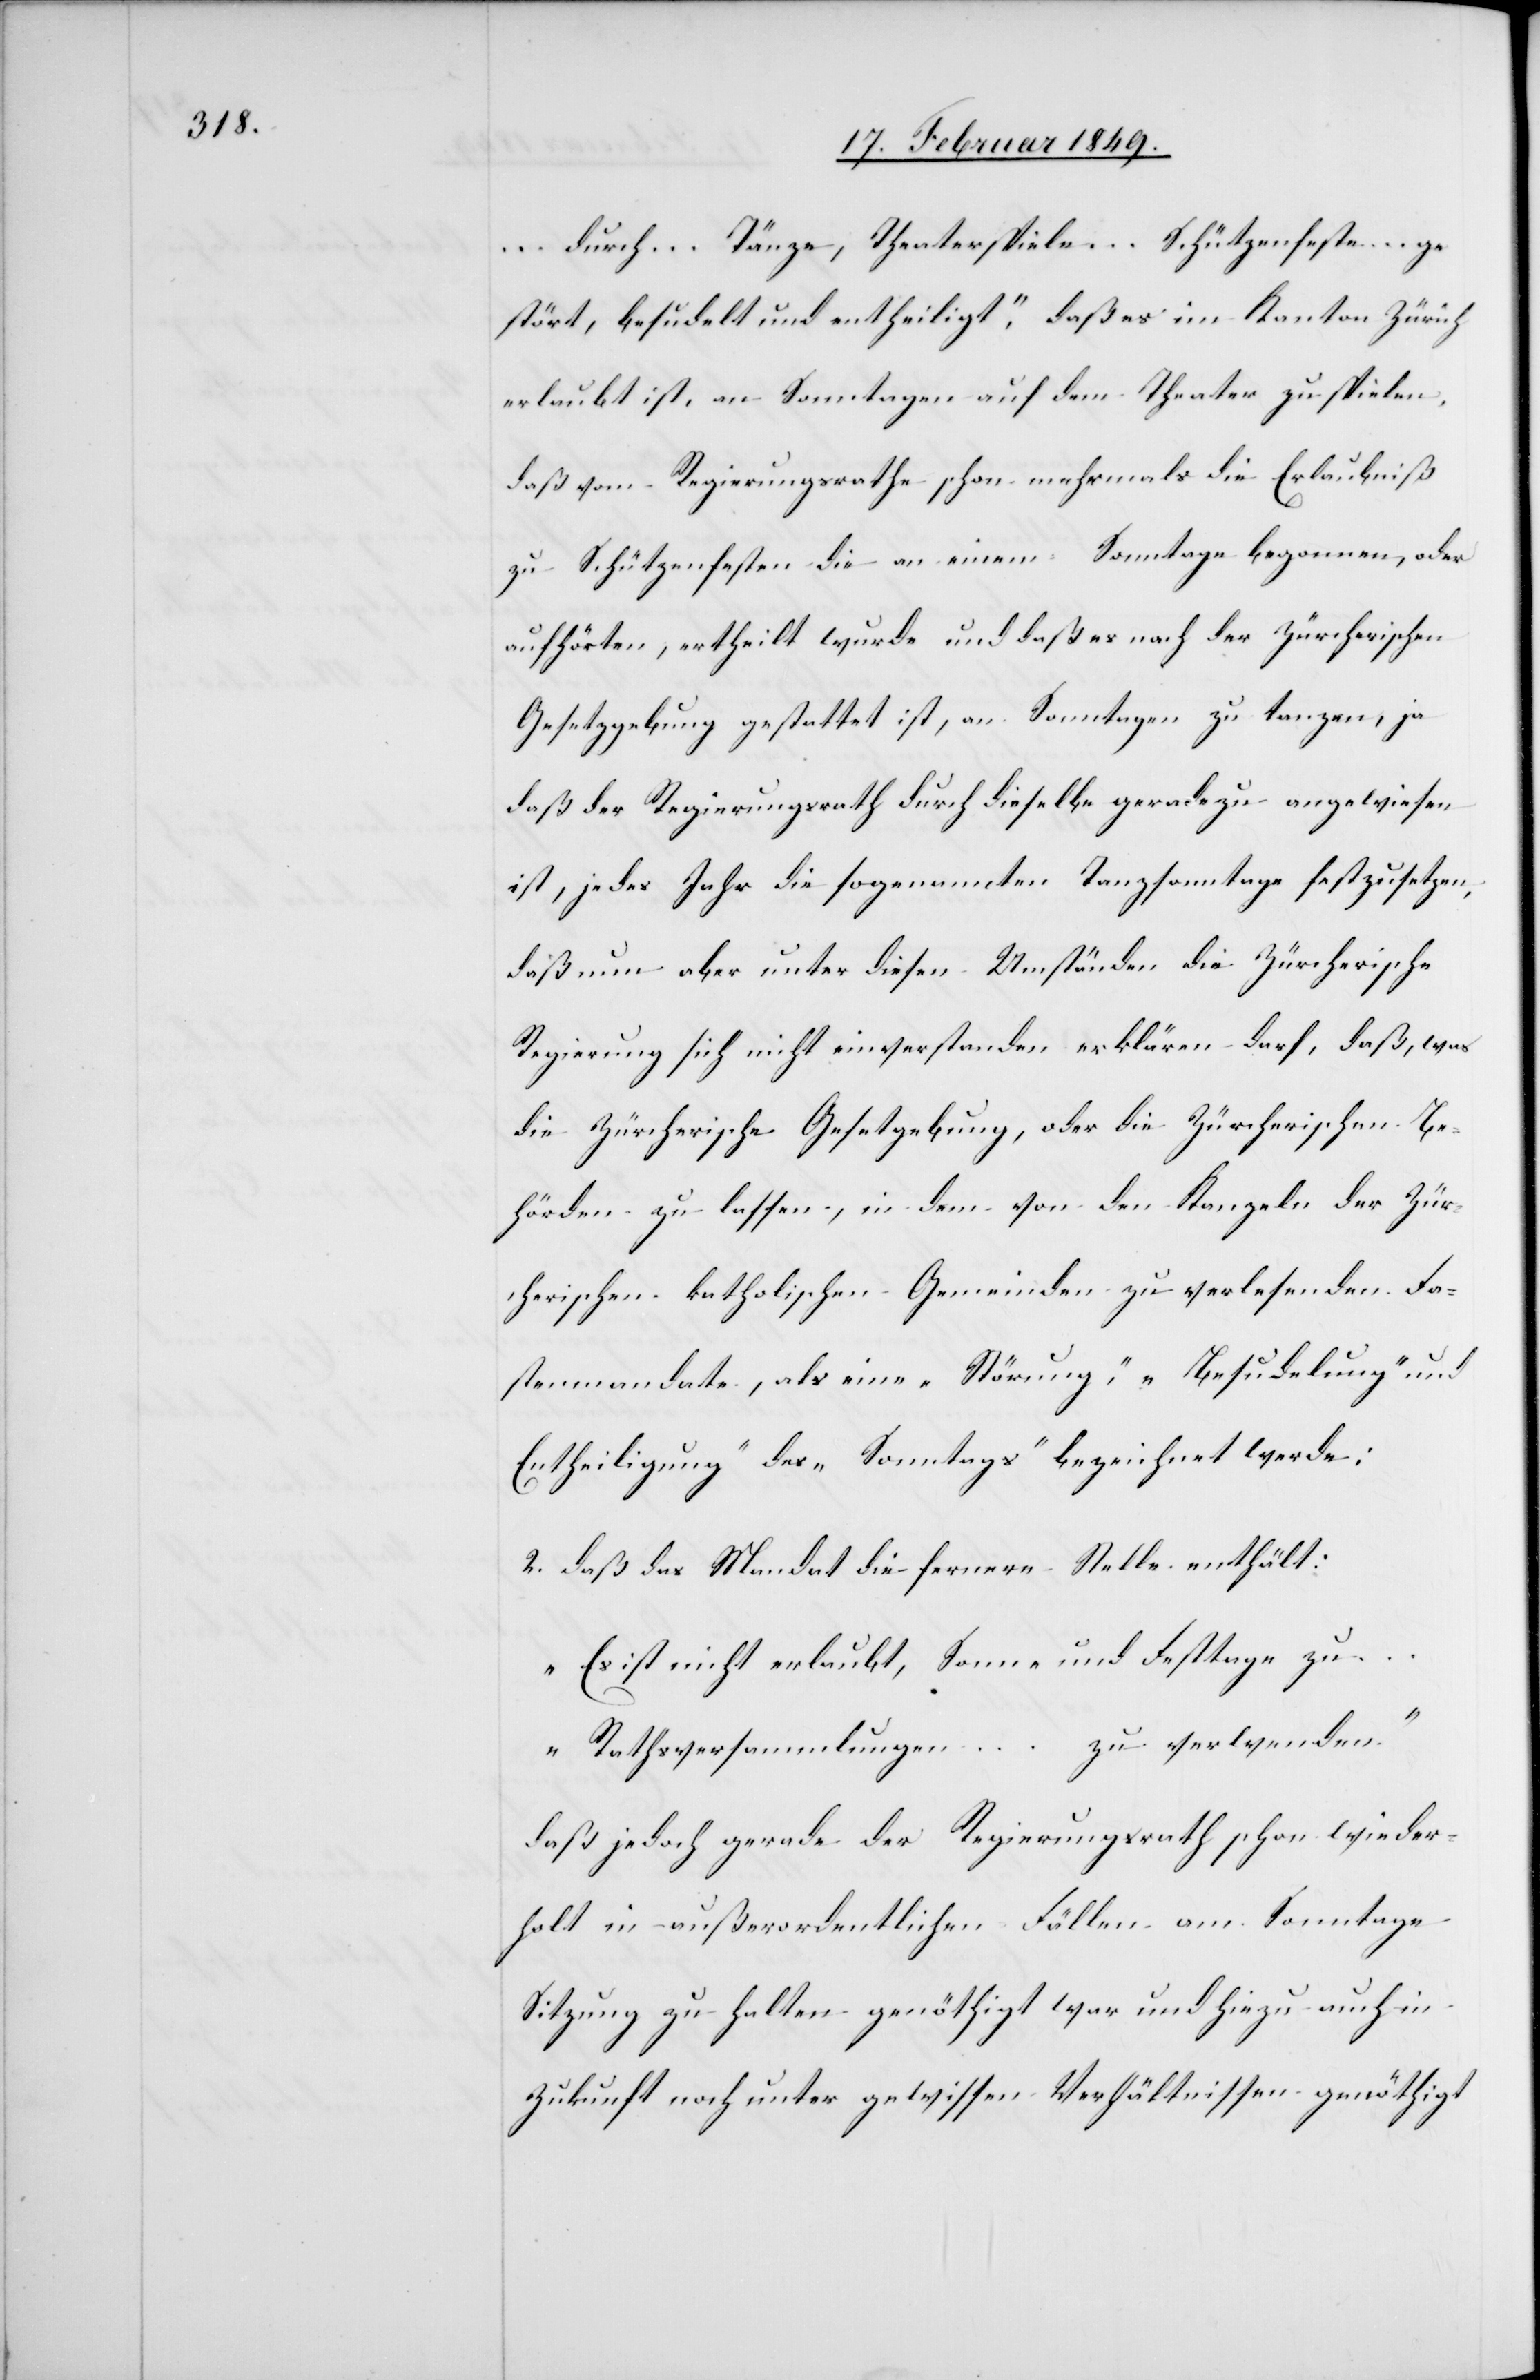
… durch … Tänze, Theaterspiele … Schützenfeste … ge¬
stört, besudelt und entheiligt,“ daß es im Kanton Zürich
erlaubt ist, an Sonntagen auf dem Theater zu spielen,
daß vom Regierungsrathe schon mehrmals die Erlaubniß
zu Schützenfesten die an einem Sonntage begonnen, oder
aufhörten, ertheilt wurde und daß es nach der Zürcherischen
Gesetzgebung gestattet ist, an Sonntagen zu tanzen, ja
daß der Regierungsrath durch dieselbe geradezu angewiesen
ist, jedes Jahr die sogenannten Tanzsonntage festzusetzen,
daß nun aber unter diesen Umständen die Zürcherische
Regierung sich nicht einverstanden erklären darf, daß, was
die Zürcherische Gesetzgebung, oder die Zürcherischen Be¬
hörden zulassen, in dem von den Kanzeln der Zür¬
cherischen katholischen Gemeinden zu verlesenden Fa¬
stenmandate, als eine „Störung“, „Besudelung“ und
[„]Entheiligung“ des „Sonntags“ bezeichnet werde;
2. daß das Mandat die ferner Stelle enthält:
„Es ist nicht erlaubt, Sonn- und Festtage zu
… Rathsversammlungen … zu verwenden.“
daß jedoch gerade der Regierungsrath schon wieder¬
holt in außerordentlichen Fällen am Sonntage
Sitzung zu halten genöthigt war und hiezu auch in
Zukunft noch unter gewissen Verhältnissen genöthigt